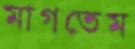
মাগতেম